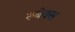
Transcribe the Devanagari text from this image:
रूबेक्स